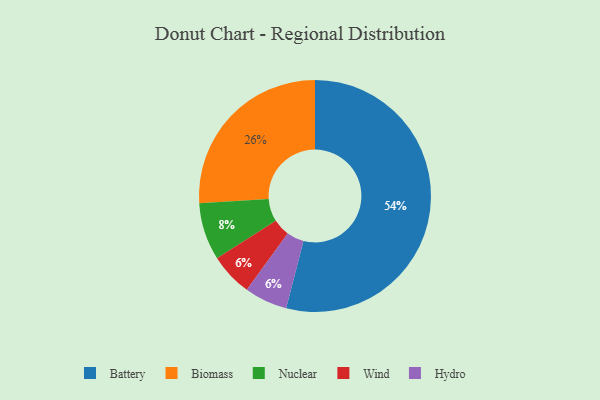
{"axis": {"x": "Category", "y": "Percentage"}, "legend": ["Battery", "Biomass", "Hydro", "Nuclear", "Wind"], "data": [{"x": "Wind", "y": 6, "type": "Wind"}, {"x": "Nuclear", "y": 8, "type": "Nuclear"}, {"x": "Biomass", "y": 26, "type": "Biomass"}, {"x": "Battery", "y": 54, "type": "Battery"}, {"x": "Hydro", "y": 6, "type": "Hydro"}]}